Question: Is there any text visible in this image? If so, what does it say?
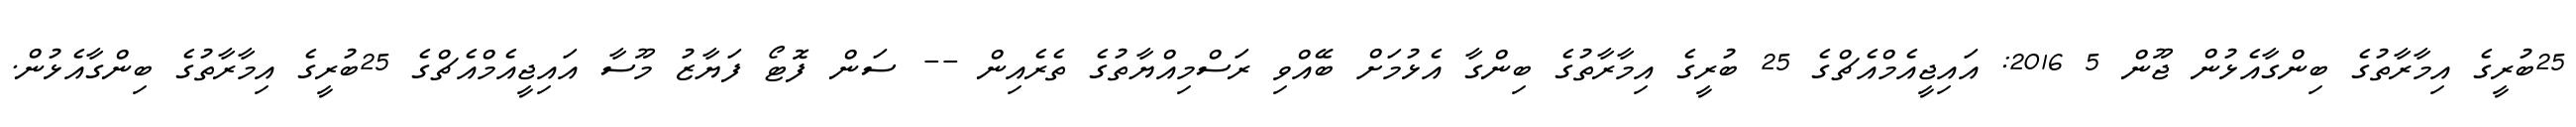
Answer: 25ބުރީގެ އިމާރާތުގެ ބިންގާއެޅުން ޖޫން 5 2016: އައިޖީއެމްއެޗްގެ 25 ބުރީގެ އިމާރާތުގެ ބިންގާ އެޅުމަށް ބޭއްވި ރަސްމިއްޔާތުގެ ތެރެއިން -- ސަން ފޮޓޯ ފަޔާޒު މޫސާ އައިޖީއެމްއެޗްގެ 25ބުރީގެ އިމާރާތުގެ ބިންގާއެޅުން.